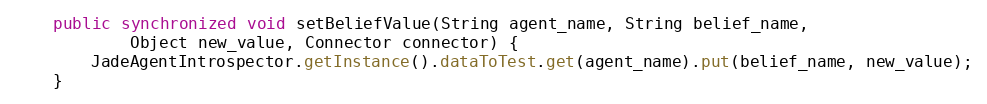
Language: Java
    public synchronized void setBeliefValue(String agent_name, String belief_name,
            Object new_value, Connector connector) {
        JadeAgentIntrospector.getInstance().dataToTest.get(agent_name).put(belief_name, new_value);
    }